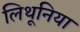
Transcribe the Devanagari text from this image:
लिथूनिया